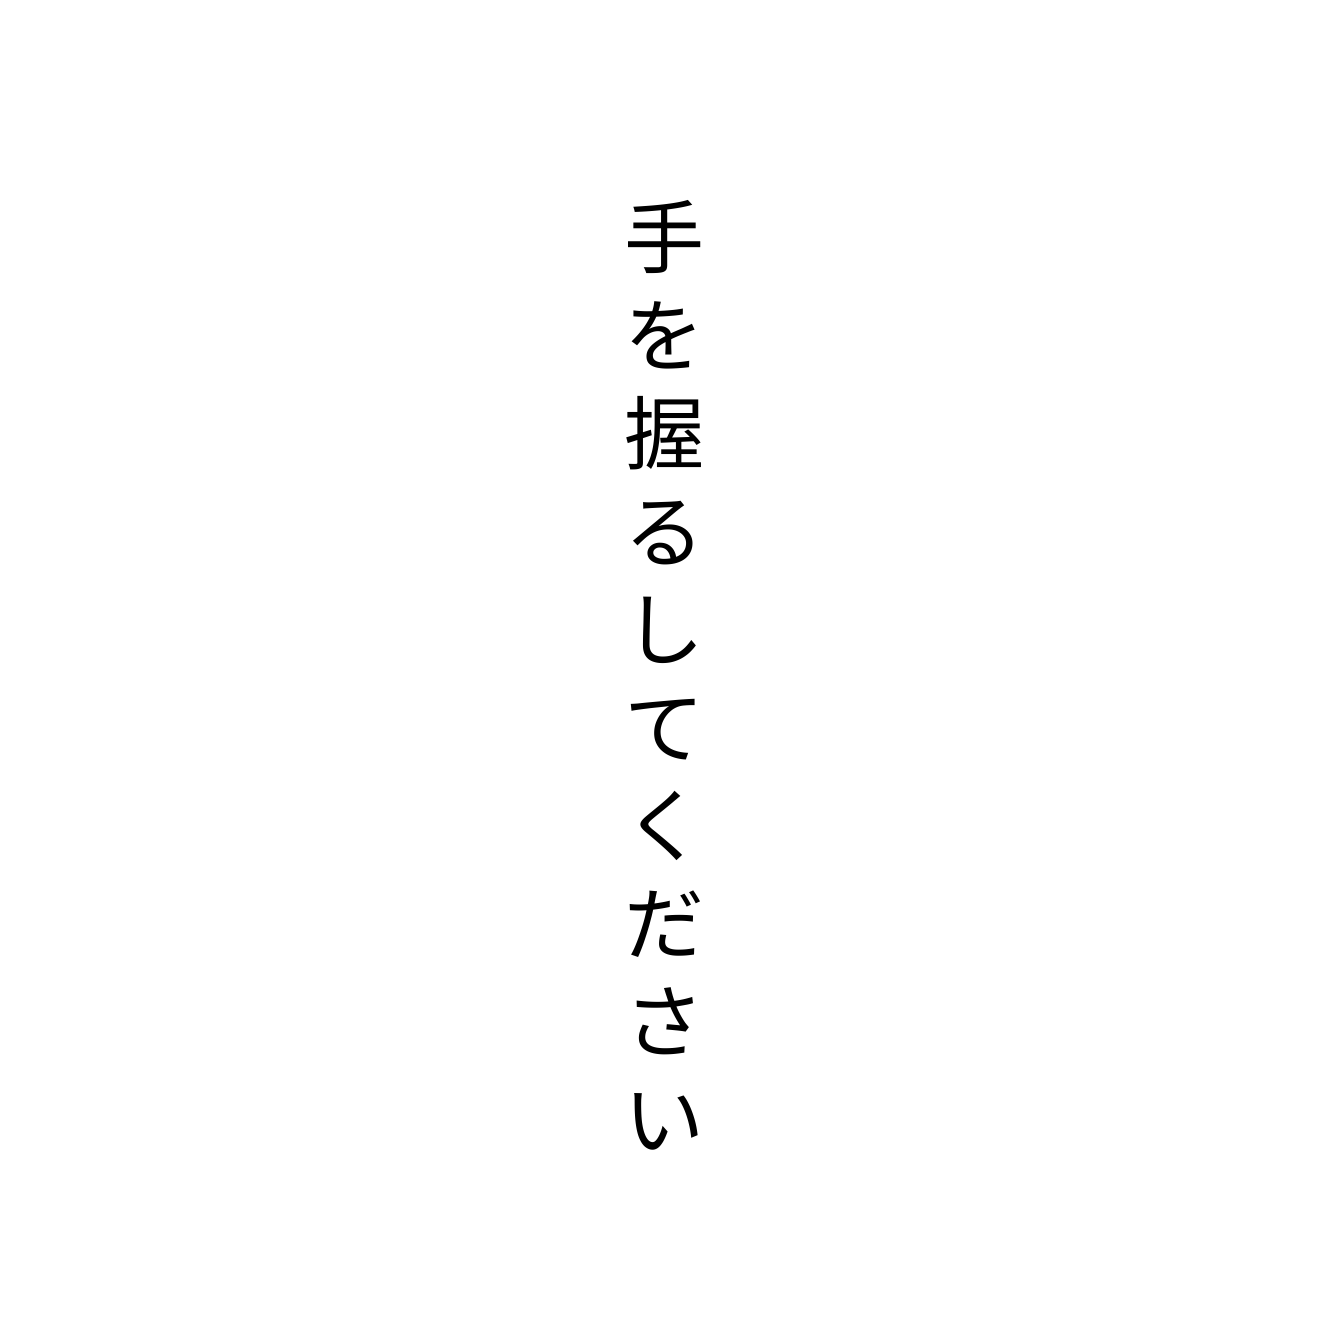
手を握るしてください